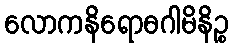
လောကနိရောဓဂါမိနိဉ္စ